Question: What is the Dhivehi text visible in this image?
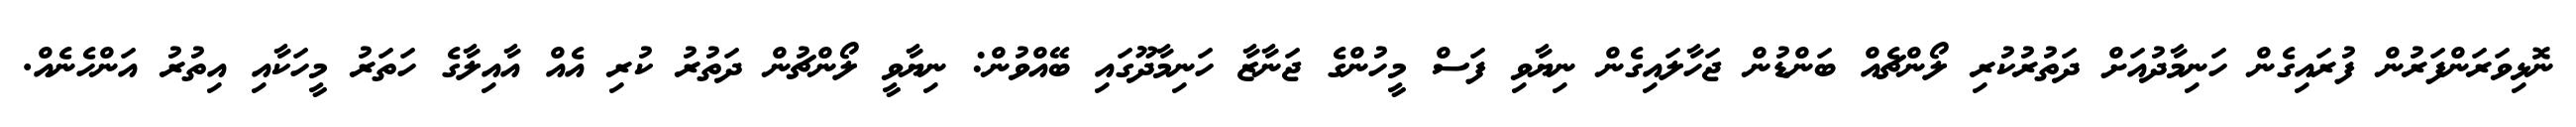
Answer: ނޮޅިވަރަންފަރުން ފުރައިގެން ހަނިމާދުއަށް ދަތުރުކުރި ލޯންޗެއް ބަންޑުން ޖަހާލައިގެން ނިޔާވި ފަސް މީހުންގެ ޖަނާޒާ ހަނިމާދޫގައި ބޭއްވުން: ނިޔާވީ ލޯންޗުން ދަތުރު ކުރި އެއް އާއިލާގެ ހަތަރު މީހަކާއި އިތުރު އަންހެނެއް.